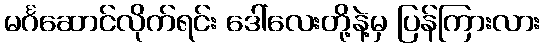
မင်္ဂဆောင်လိုက်ရင်း ဒေါ်လေးတို့နဲ့မှ ပြန်ကြားလား